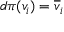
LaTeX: d \pi ( v _ { i } ) = { \overline { { v } } } _ { i }